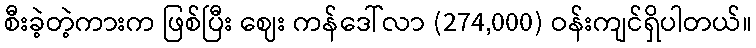
စီးခဲ့တဲ့ကားက ဖြစ်ပြီး ဈေး ကန်ဒေါ်လာ (274,000) ဝန်းကျင်ရှိပါတယ်။